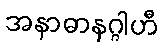
အနာဓာနဂ္ဂါဟီ